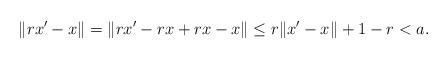
LaTeX: \begin{align*} \|rx' - x\| = \|rx' - rx + rx - x\| \le r\|x' - x\| + 1-r < a. \end{align*}